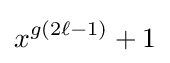
x^{g(2\ell -1)}+1